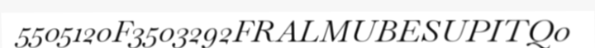
5505120F3503292FRALMUBESUPITQ0